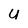
Character: U